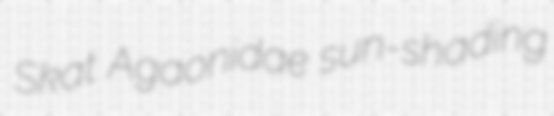
Skat Agaonidae sun-shading